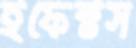
ইফেক্টস